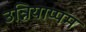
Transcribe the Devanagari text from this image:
उन्नियाप्पम